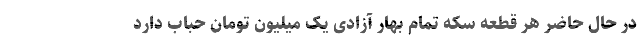
در حال حاضر هر قطعه سکه تمام بهار آزادی یک میلیون تومان حباب دارد